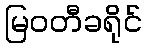
မြဝတီခရိုင်